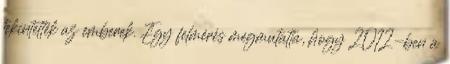
tekintették az emberek. Egy felmérés megmutatta, hogy 2012-ben a